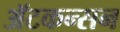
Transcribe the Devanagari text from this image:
ॲटकन्सन